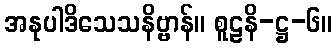
အနုပါဒိသေသနိဗ္ဗာန်။ စူဠနိ-ဋ္ဌ-၆။